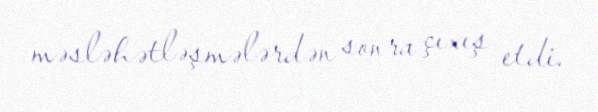
məsləhətləşmələrdən sonra çıxış etdi.